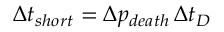
\Delta t _ { s h o r t } = \Delta p _ { d e a t h } \, \Delta t _ { D }